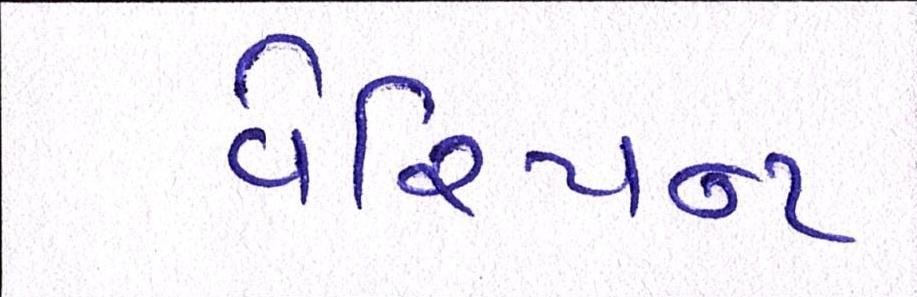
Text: વેરિયન્ટ